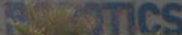
ROBOTICS